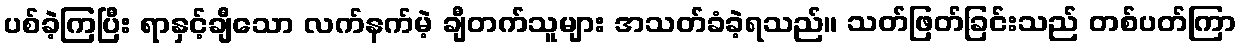
ပစ်ခဲ့ကြပြီး ရာနှင့်ချီသော လက်နက်မဲ့ ချီတက်သူများ အသတ်ခံခဲ့ရသည်။ သတ်ဖြတ်ခြင်းသည် တစ်ပတ်ကြာ